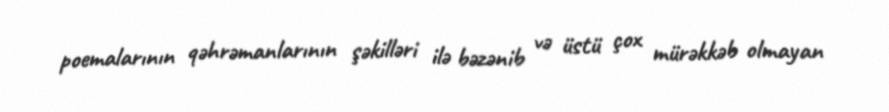
poemalarının qəhrəmanlarının şəkilləri ilə bəzənib və üstü çox mürəkkəb olmayan